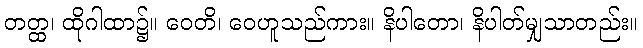
တတ္ထ၊ ထိုဂါထာ၌။ ဝေတိ၊ ဝေဟူသည်ကား။ နိပါတော၊ နိပါတ်မျှသာတည်း။